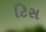
ટિસ